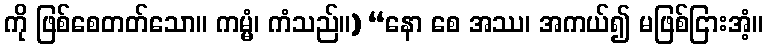
ကို ဖြစ်စေတတ်သော။ ကမ္မံ၊ ကံသည်။) “နော စေ အဿ၊ အကယ်၍ မဖြစ်ငြားအံ့။